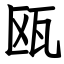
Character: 瓯